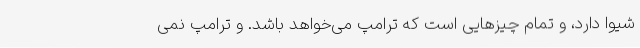
شیوا دارد، و تمام چیزهایی است که ترامپ می‌خواهد باشد. و ترامپ نمی